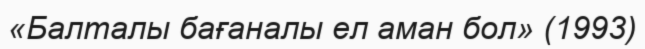
«Балталы бағаналы ел аман бол» (1993)